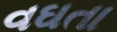
વઘતા